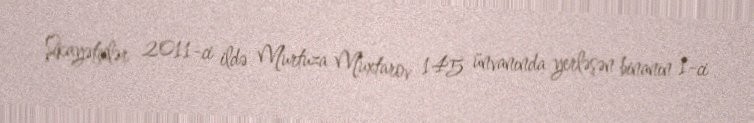
Şikayətçilər 2011-ci ildə Murtuza Muxtarov 145 ünvanında yerləşən binanın 1-ci